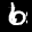
Label: 6